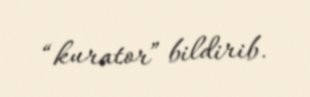
“kurator” bildirib.